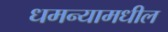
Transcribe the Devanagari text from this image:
धमन्यामधील